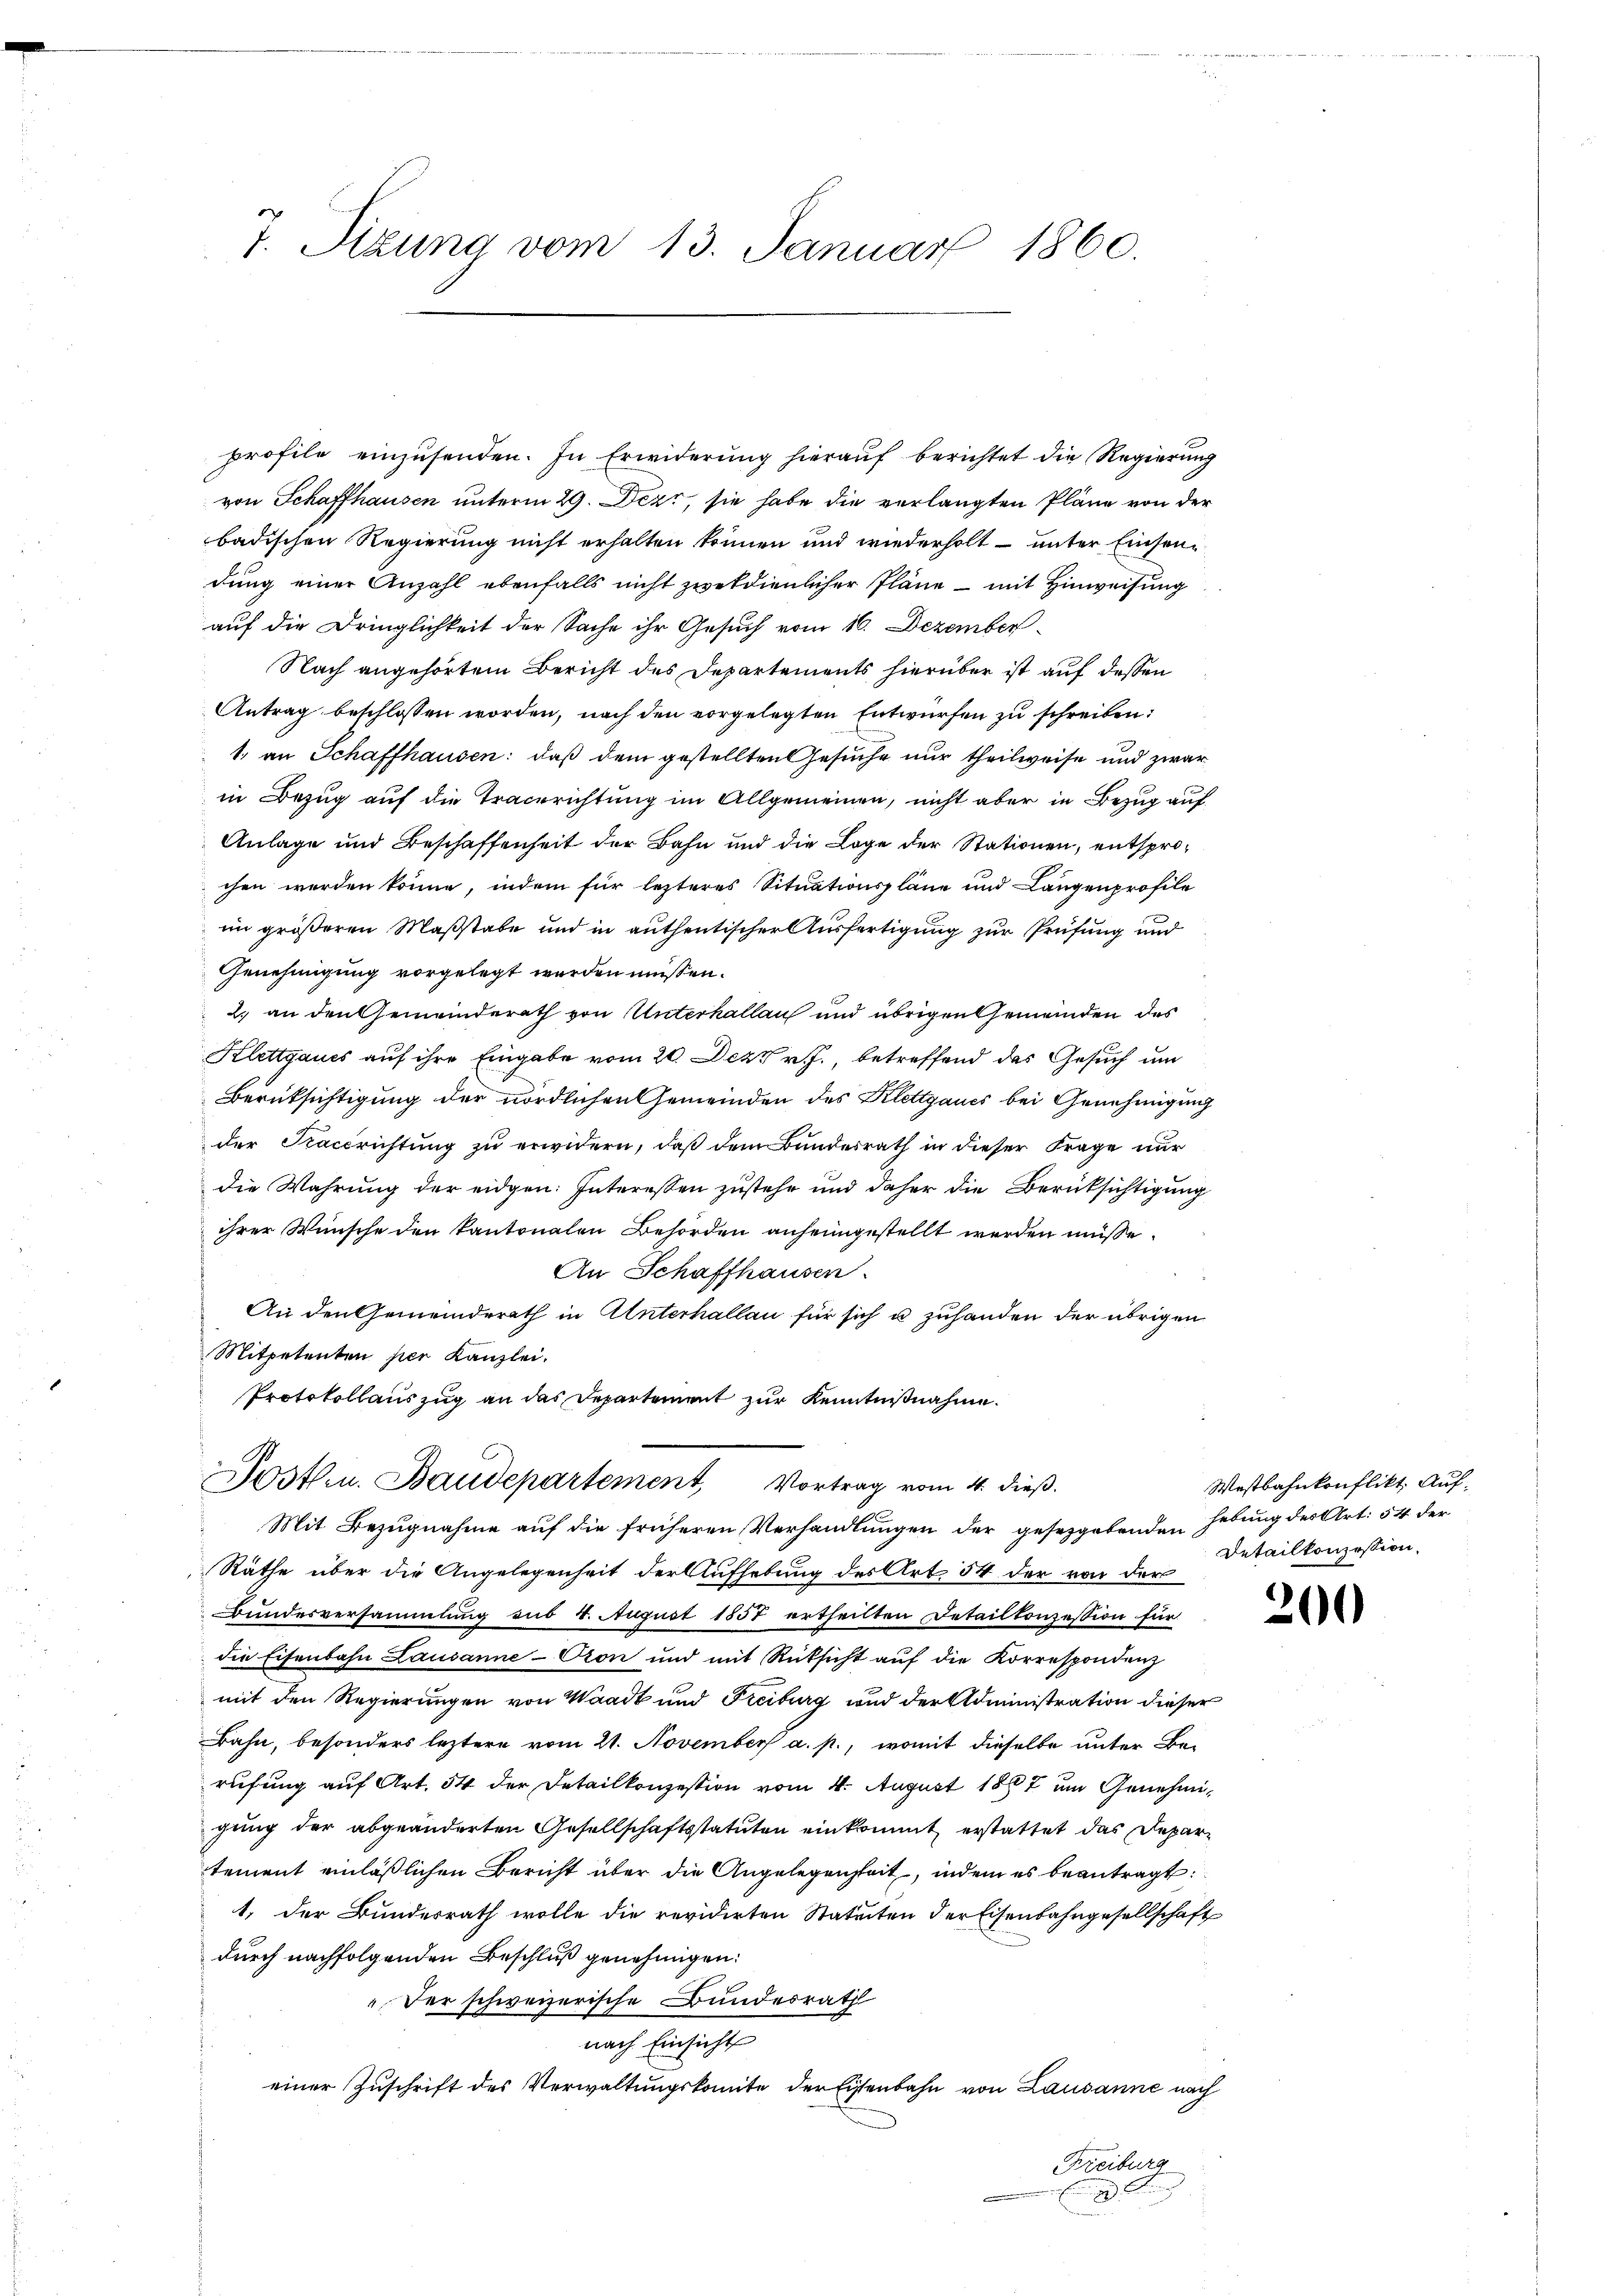
profile einzusenden. In Erwiderung hierauf berichtet die Regierung
von Schaffhausen unterm 29. Dezt, sie habe die verlangten Pläne von der
badischen Regierung nicht erhalten können und wiederholt unter Einsendung einer Anzahl ebenfalls nicht zwekdienlicher Pläne - mit Hinweisung
auf die Dringlichkeit der Sache ihr Gesuch vom 16. Dezember
Nach angehörtem Bericht des Departements hierüber ist auf dessen
Antrag beschlossen worden, nach den vorgelegten Entwürfen zu schreiben:
1. an Schaffhausen: daß dem gestellten Gesuche nur theilweise und zwar
in Bezug auf die Tracerichtung im Allgemeinen, nicht aber in Bezug auf
Anlage und Beschaffenheit der Bahn und die Loge der Stationen, entsprochen werden könne, indem für lezteres Situationspläne und Langenprofile
im größeren Maßstabe und in authentischer Ausfertigung zur Prüfung und
Genehmigung vorgelegt werden müssen.
2. an den Gemeinderath von Unterhallen und übrigen Gemeinden des
Klettgaues auf ihre Eingabe vom 20. Dez. v. J., betreffend das Gesuch um
Berüksichtigung der nördlichen Gemeinden des Klettgaues bei Genehmigung
der Kaccrichtung zu erwidern, daß dem Bundesrath in dieser Frage nur
die Wahrung der eidgen: Interessen zustehe und daher die Berüksichtigung
ihrer Wünsche den kantonalen Behörden anheimgestellt werden müsse.
An Schaffhausen.
An den Gemeinderath in Unterhallan für sich u zuhanden der übrigen
Mitpetenten per Kanzlei.
Protokollauszug an das Departement zur Kenntnißnahme.
Jost u. Baudepartement, Vortrag vom 4. dieß.
Mit Bezugnahme auf die früheren Verhandlungen der gesetzgebenden Hebung des Art. 54 der
Räthe über die Angelegenheit der Aufhebung des Art 54 der von der
Bundesversammlung aus 4. August 1857 ertheilten Detaillonzession für
die Eisenbahn Lausanne-Cron und mit Rücksicht aŭf die Korrespondenz
mit den Regierungen von Waadt und Freiburg und der Administration dieser
Bahn, besonders leztere vom 21. November a. p., womit dieselbe unter Be-
rufung auf Art. 54 der Detailkonzession vom 4. August 1887 um Genehmigung der abgeänderten Gesellschaftsstatuten einkommt erstattet das Departement einläßlichen Bericht über die Angelegenheit, indem es beantragt:
1. der Bundesrath wolle die revidirten Statuten der Eisenbahngesellschaft
durch nachfolgenden Beschluß genehmigen:
Der schweizerische Bundesrath
nach Einsicht
einer Zuschrift des Verwaltungskomite der Eisenbahn von Lausanne nach
Freiburg

7. Sizung vom 13. Januar 1860.

Wastbahnkonflikt. Auf-
Detailkonzession,

200